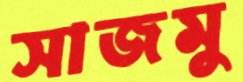
সাজমু